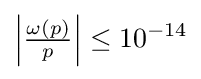
\left|{\tfrac {\omega (p)}{p}}\right|\leq 10^{-14}